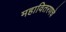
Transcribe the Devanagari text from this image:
महावितरणचे